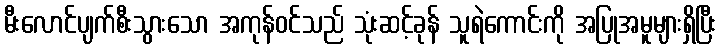
မီးလောင်ပျက်စီးသွားသော အကုန်ဝင်သည် သုံးဆင့်ခုန် သူရဲကောင်းကို အပြုအမူများရှိပြီး